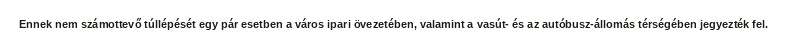
Ennek nem számottevő túllépését egy pár esetben a város ipari övezetében, valamint a vasút- és az autóbusz-állomás térségében jegyezték fel.